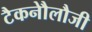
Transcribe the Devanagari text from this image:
टैकनौेलौजी